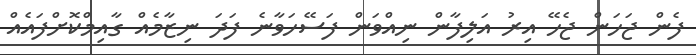
ފެން ޖަހަން ޖެހޭ އިރު އަލިފާން ނިއްވަން ފަސޭހަވާނެ ފަދަ ނިޒާމެއް ގާއިމްކޮށްފައެއް